Report on lock hospitals in British Burma
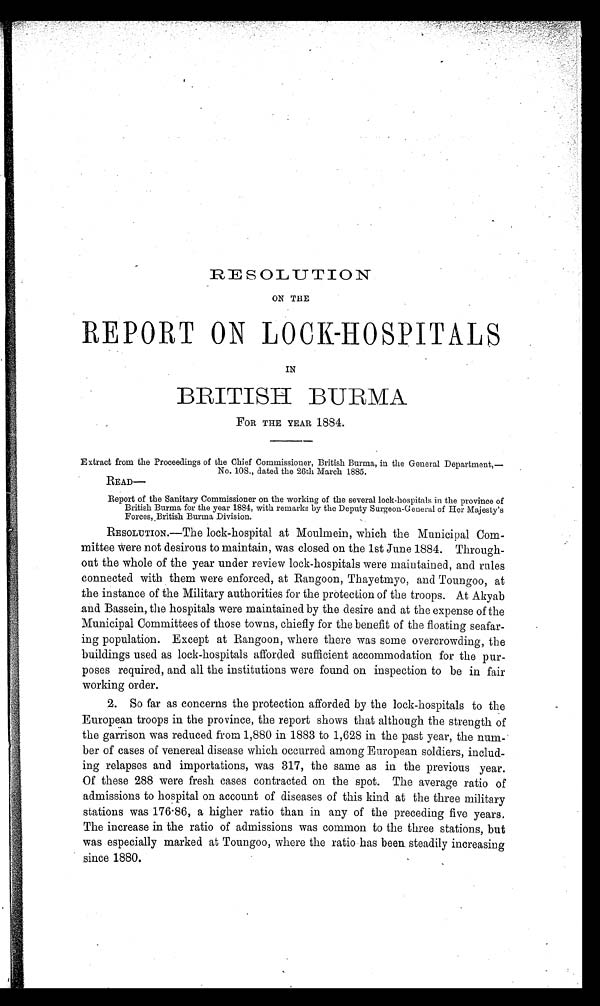
RESOLUTION
ON THE
REPORT ON LOCK-HOSPITALS
IN
BRITISH 1-1ERMA
FOR THE YEAR 1884.
Extract from the Proceedings of the Chief Commissioner, British Burma, in the General Department,—
No. 10S., dated the 26th March 1885.
READ—
Report of the Sanitary Commissioner on the working of the several lock-hospitals in the province of
British Burma for the year 1884, with remarks by the Deputy Surgeon-General of Her Majesty's
Forces,_ British Burma Division.
RESOLUTION.--The lock-hospital at Moulmein, which the Municipal Com-
mittee were not desirous to maintain, was closed on the 1st June 1884. Through-
out the whole of the year under review lock-hospitals were maintained, and rules
connected with them were enforced, at Rangoon, Thayetnayo, and Toungoo, at
the instance of the Military authorities for the protection of the troops. At Akyab
and Bassein, the hospitals were maintained by the desire and at the expense of the
Municipal Committees of those towns, chiefly for the benefit of the floating seafar-
ing population. Except at Rangoon, where there was some overcrowding, the
buildings used as lock-hospitals afforded sufficient accommodation, for the pur-
poses required, and all the institutions were found on inspection to be in fair
working order.
2. So far as concerns the protection afforded by the lock-hospitals to the
European troops in the province, the report shows that although the strength of
the garrison was reduced from 1,880 in 1883 to 1,628 in the past year, the num-
ber of cases of venereal disease which occurred among European soldiers, includ-
ing relapses and importations, was 317, the same as in the previous year.
Of these 288 were fresh cases contracted on the spot. The average ratio of
admissions to hospital on account of diseases of this kind at the three military
stations was 176 . 86, a higher ratio than in any of the preceding five years.
The increase in the ratio of admissions was common to the three stations, but
was especially marked at Toungoo, where the ratio •has been steadily increasing
since 1880.